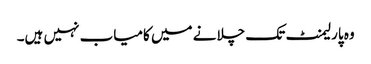
وہ پارلیمنٹ تک چلانے میں کامیاب نہیں ہیں۔